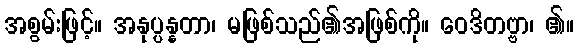
အစွမ်းဖြင့်။ အနုပ္ပန္နတာ၊ မဖြစ်သည်၏အဖြစ်ကို။ ဝေဒိတဗ္ဗာ၊ ၏။